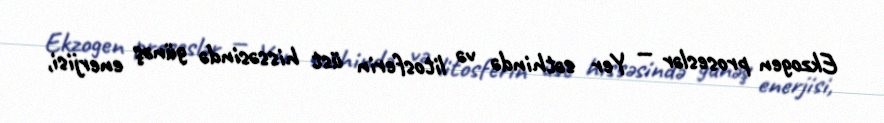
Ekzogen proseslər — Yer səthində və litosferin üst hissəsində günəş enerjisi,